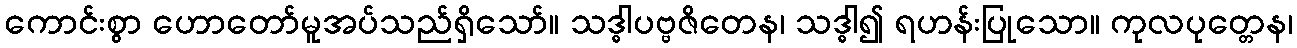
ကောင်းစွာ ဟောတော်မူအပ်သည်ရှိသော်။ သဒ္ဓါပဗ္ဗဇိတေန၊ သဒ္ဓါ၍ ရဟန်းပြုသော။ ကုလပုတ္တေန၊